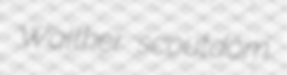
Walther scoutdom